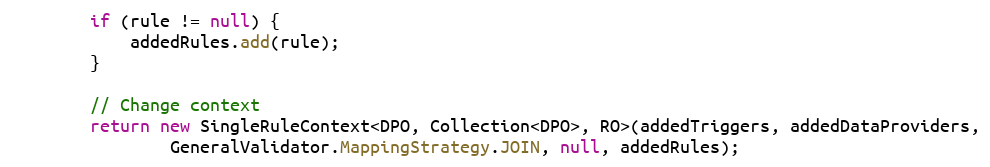
Language: Java
        if (rule != null) {
            addedRules.add(rule);
        }

        // Change context
        return new SingleRuleContext<DPO, Collection<DPO>, RO>(addedTriggers, addedDataProviders,
                GeneralValidator.MappingStrategy.JOIN, null, addedRules);